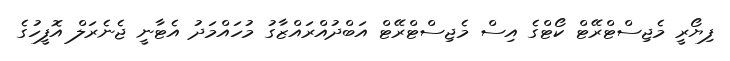
ފިޔޯރީ މެޖިސްޓްރޭޓް ކޯޓްގެ އިސް މެޖިސްޓްރޭޓް އަބްދުއްރައްޒާގު މުހައްމަދު އެޓާނީ ޖެނެރަލް އޮފީހުގެ